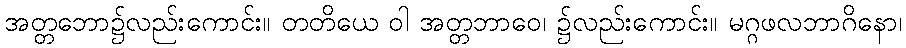
အတ္တဘော၌လည်းကောင်း။ တတိယေ ဝါ အတ္တဘာဝေ၊ ၌လည်းကောင်း။ မဂ္ဂဖလဘာဂိနော၊